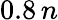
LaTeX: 0.8\, n